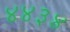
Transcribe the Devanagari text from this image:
४४३४